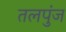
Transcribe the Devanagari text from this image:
तलपुंज